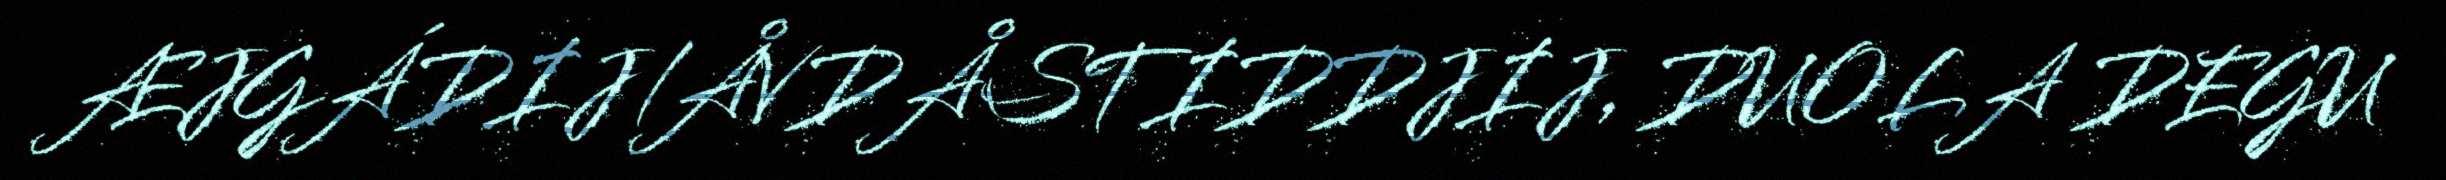
ÆJGÁDIJ/ÅVDÅSTIDDJIJ, DUOLA DEGU